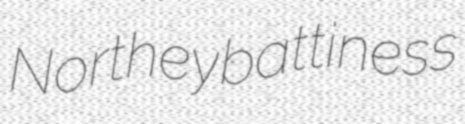
Northey battiness